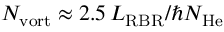
N _ { \mathrm { v o r t } } \approx 2 . 5 \, L _ { \mathrm { R B R } } / \hbar N _ { \mathrm { H e } }